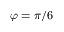
\varphi = \pi / 6